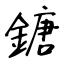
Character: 鎕